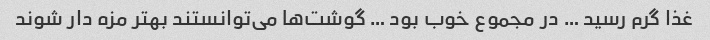
غذا گرم رسید … در مجموع خوب بود … گوشت‌ها می‌توانستند بهتر مزه دار شوند